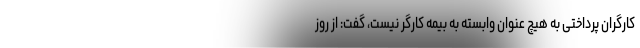
کارگران پرداختی به هیچ عنوان وابسته به بیمه کارگر نیست، گفت: از روز